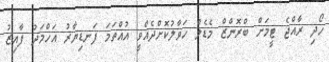
ހޯދި ރާއްޖެ ޓީމަށް ބްރޮންޒް މެޑެލް ހަވާލުކޮށްދެއްވީ އުއްތަމަ ފަނޑިޔާރު އަހްމަދު ފާއިޒު